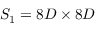
S _ { 1 } = 8 D \times 8 D